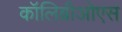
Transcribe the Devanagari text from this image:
कॉलिब्रीओएस